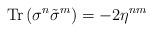
LaTeX: \begin{align*}{\rm Tr}\,(\sigma^n\tilde\sigma^m)=-2\eta^{nm}\end{align*}